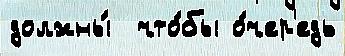
должны́  что́бы о́чер'едь